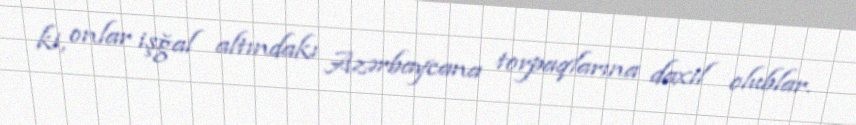
ki, onlar işğal altındakı Azərbaycana torpaqlarına daxil olublar.